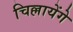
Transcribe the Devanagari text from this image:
चिल्लायेंगे